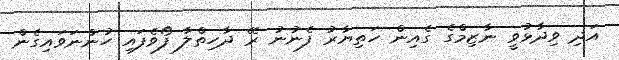
އަދި ވިދާޅުވީ ނާޒިމްގެ ގެއިން ހަތިޔާރު ފެނުނު ރޭ ދާހިތްލާ ފޯވެފައި ހުންނަވައިގެން